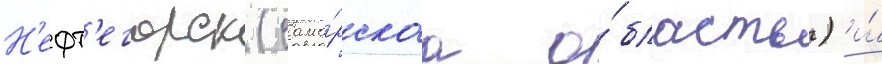
Н'ефт'егорск (сама́рскаа о́бласть) и́